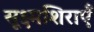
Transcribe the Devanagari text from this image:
सूक्ष्मशिराएँ